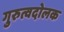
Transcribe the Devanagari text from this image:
गुरुत्वदोलक